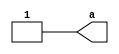
module foo_9(a);
   output a;
   wire a = 1'b1 ;
endmodule